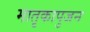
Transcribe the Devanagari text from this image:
मातृकापुजन